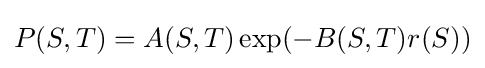
P(S,T)=A(S,T)\exp(-B(S,T)r(S))